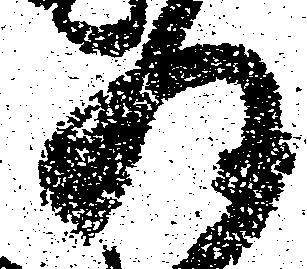
及